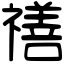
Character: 𥛶